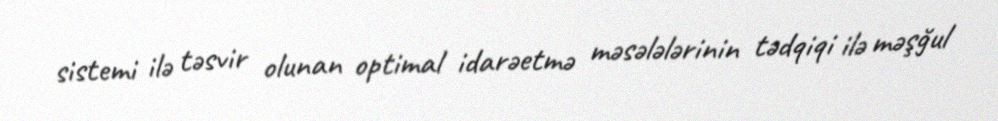
sistemi ilə təsvir olunan optimal idarəetmə məsələlərinin tədqiqi ilə məşğul